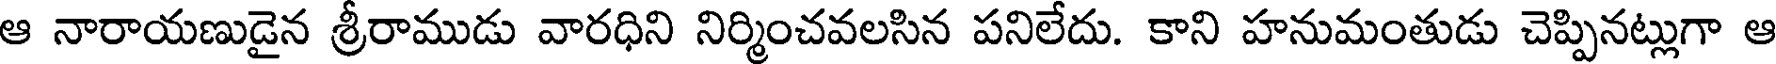
ఆ నారాయణుడైన శ్రీరాముడు వారధిని నిర్మించవలసిన పనిలేదు. కాని హనుమంతుడు చెప్పినట్లుగా ఆ